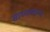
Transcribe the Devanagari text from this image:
साध्यव्याप्य